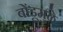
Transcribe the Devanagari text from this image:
बोंडूमुळे